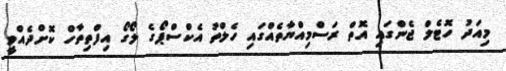
މިއަދު ހޮޓެލް ޖެންގައި އޮތް ރަސްމިއްޔާތެއްގައި ހެލްތު އެކްސްޕޯގެ ލޯގޯ އިފްތިތާހް ކޮށްދެއްވީ